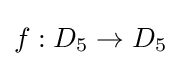
f:D_{5}\to D_{5}